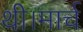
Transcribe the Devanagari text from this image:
थी।मार्च